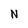
Character: N